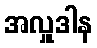
အလှူဒါန